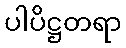
ပါပိဋ္ဌတရာ